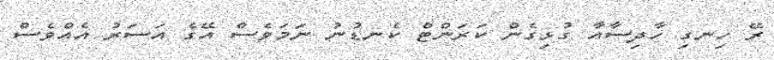
ރޭ ހިނގި ހާދިސާއާ ގުޅިގެން ކަރަންޓް ކެނޑުނު ނަމަވެސް އޭގެ އަސަރު އެއްވެސް